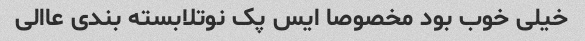
خیلی خوب بود مخصوصا ایس پک نوتلابسته بندی عاالی